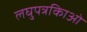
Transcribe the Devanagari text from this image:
लघुपत्रकिाओं